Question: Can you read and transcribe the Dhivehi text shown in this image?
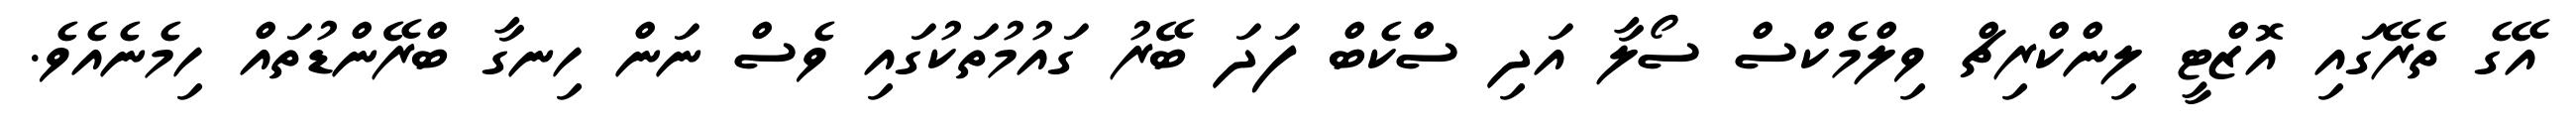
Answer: އޭގެ ތެރޭގައި އޮޒްޓީ ލިންކްރިޗް ވިލްމެކްސް ސޯލާ އަދި ސްކެބް ފަދަ ބޭރު ގައުމުތަކުގައި ވެސް ނަން ހިނގާ ބްރޭންޑުތައް ހިމެނެއެވެ.